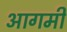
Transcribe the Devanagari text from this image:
आगमी